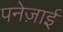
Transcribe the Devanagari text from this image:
पनेज़ाई